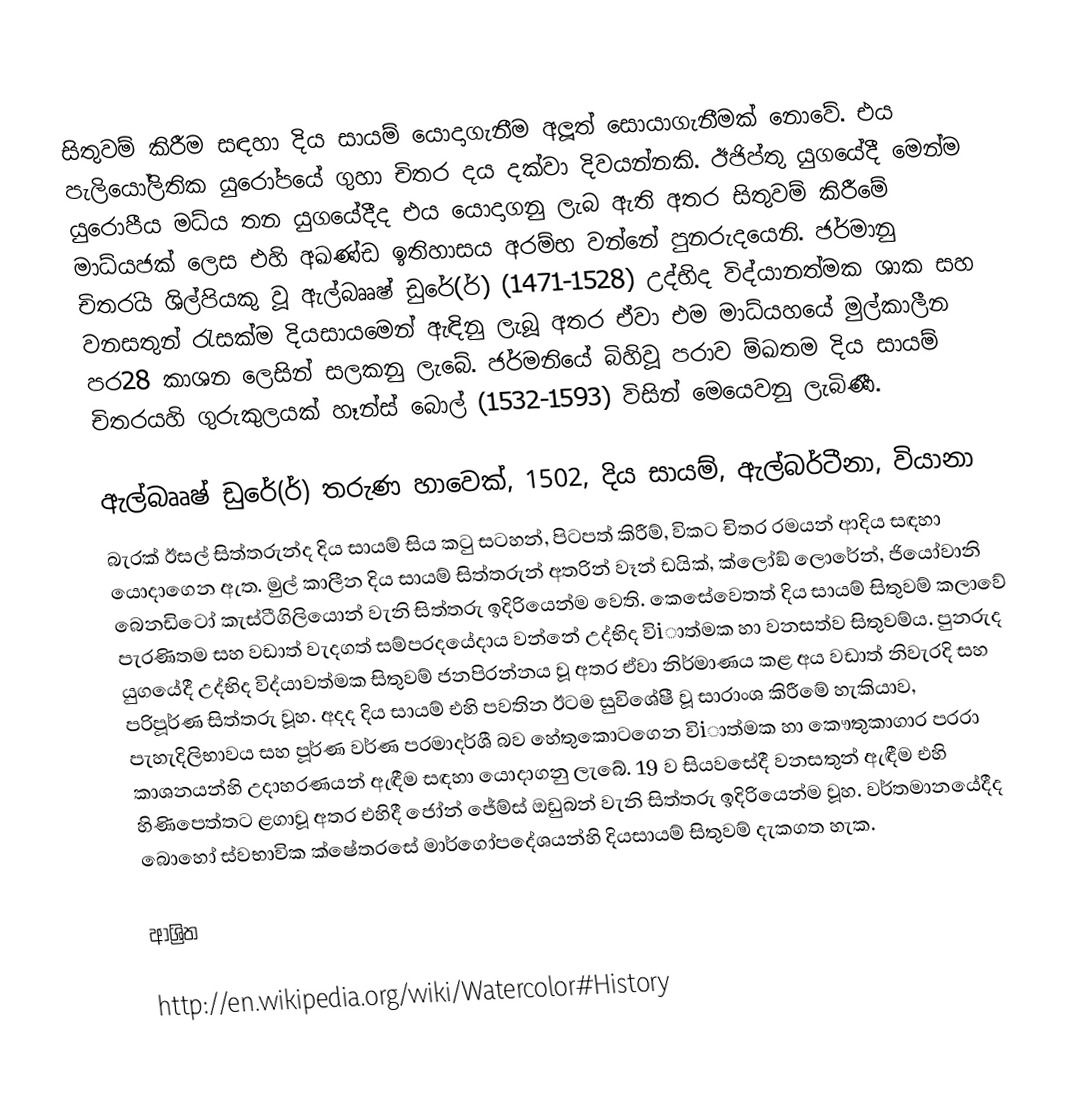
සිතුවම් කිරීම සඳහා දිය සායම් යොදාගැනීම අලූත් සොයාගැනීමක් නොවේ. එය පැලියෝලිතික යුරෝපයේ ගුහා චිතර දය දක්වා දිවයන්නකි. ඊජිප්තු යුගයේදී මෙන්ම යුරොපීය මධ්ය තන යුගයේදීද එය යොදාගනු ලැබ ඇති අතර සිතුවම් කිරීමේ මාධ්යජක් ලෙස එහි අඛණ්ඩ ඉතිහාසය අරම්භ වන්නේ පුනරුදයෙනි. ජර්මානු චිතර‍ිය ශිල්පියකු වූ ඇල්බෲෂ් ඩුරේ(ර්) (1471-1528) උද්භිද විද්යානත්මක ශාක සහ වනසතුන් රැසක්ම දියසායමෙන් ඇඳිනු ලැබූ අතර ඒවා එම මාධ්යහයේ මුල්කාලීන පර28 කාශන ලෙසින් සලකනු ලැබේ. ජර්මනියේ බිහිවූ පරාව ම්ඛතම දිය සායම් චිතරයහි ගුරුකුලයක් හෑන්ස් බොල් (1532-1593) විසින් මෙයෙවනු ලැබිණී.

ඇල්බෲෂ් ඩුරේ(ර්) තරුණ හාවෙක්, 1502, දිය සායම්, ඇල්බර්ටීනා, වියානා
බැරක් ඊසල් සිත්තරුන්ද දිය සායම් සිය කටු සටහන්, පිටපත් කිරීම්, විකට චිතර රමයන් ආදිය සඳහා යොදාගෙන ඇත. මුල් කාලීන දිය සායම් සිත්තරුන් අතරින් වෑන් ඩයික්, ක්ලෝඞ් ලොරේන්, ජියෝවානි බෙනඩිටෝ කැස්ටීගිලියොන් වැනි සිත්තරු ඉදිරියෙන්ම වෙති. කෙසේවෙතත් දිය සායම් සිතුවම් කලාවේ පැරණිතම සහ වඩාත් වැදගත් සම්පරදයේදාය වන්නේ උද්භිද විiාත්මක හා වනසත්ව සිතුවම්ය. පුනරුද යුගයේදී උද්භිද විද්යාවත්මක සිතුවම් ජනපිරන්නය වූ අතර ඒවා නිර්මාණය කළ අය වඩාත් නිවැරදි සහ පරිපූර්ණ සිත්තරු වූහ. අදද දිය සායම් එහි පවතින ඊටම සුවිශේෂී වූ සාරාංශ කිරීමේ හැකියාව, පැහැදිලිභාවය සහ පූර්ණ වර්ණ පරමාදර්ශී බව හේතුකොටගෙන විiාත්මක හා කෞතුකාගාර පරරා කාශනයන්හි උදාහරණයන් ඇඳීම සඳහා යොදාගනු ලැබේ. 19 ව සියවසේදී වනසතුන් ඇඳීම එහි හිණිපෙත්තට ළගාවූ අතර එහිදී ජෝන් ජේම්ස් ඔඩුබන් වැනි සිත්තරු ඉදිරියෙන්ම වූහ. වර්තමානයේදීද බොහෝ ස්වභාවික ක්ෂේතරසේ  මාර්ගෝපදේශයන්හි දියසායම් සිතුවම් දැකගත හැක.

ආශ්‍රිත

 http://en.wikipedia.org/wiki/Watercolor#History